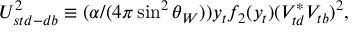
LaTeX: U _ { s t d - d b } ^ { 2 } \equiv ( \alpha / ( 4 \pi \sin ^ { 2 } { \theta _ { W } } ) ) y _ { t } f _ { 2 } ( y _ { t } ) ( V _ { t d } ^ { * } V _ { t b } ) ^ { 2 } ,